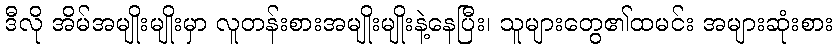
ဒီလို အိမ်အမျိုးမျိုးမှာ လူတန်းစားအမျိုးမျိုးနဲ့နေပြီး၊ သူများတွေ၏ထမင်း အများဆုံးစား